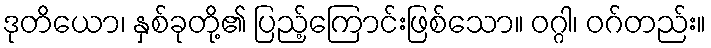
ဒုတိယော၊ နှစ်ခုတို့၏ ပြည့်ကြောင်းဖြစ်သော။ ဝဂ္ဂါ၊ ဝဂ်တည်း။